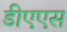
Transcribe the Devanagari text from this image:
डीएएस